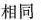
相同